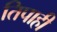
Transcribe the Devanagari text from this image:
तिपाही